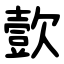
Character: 㱅